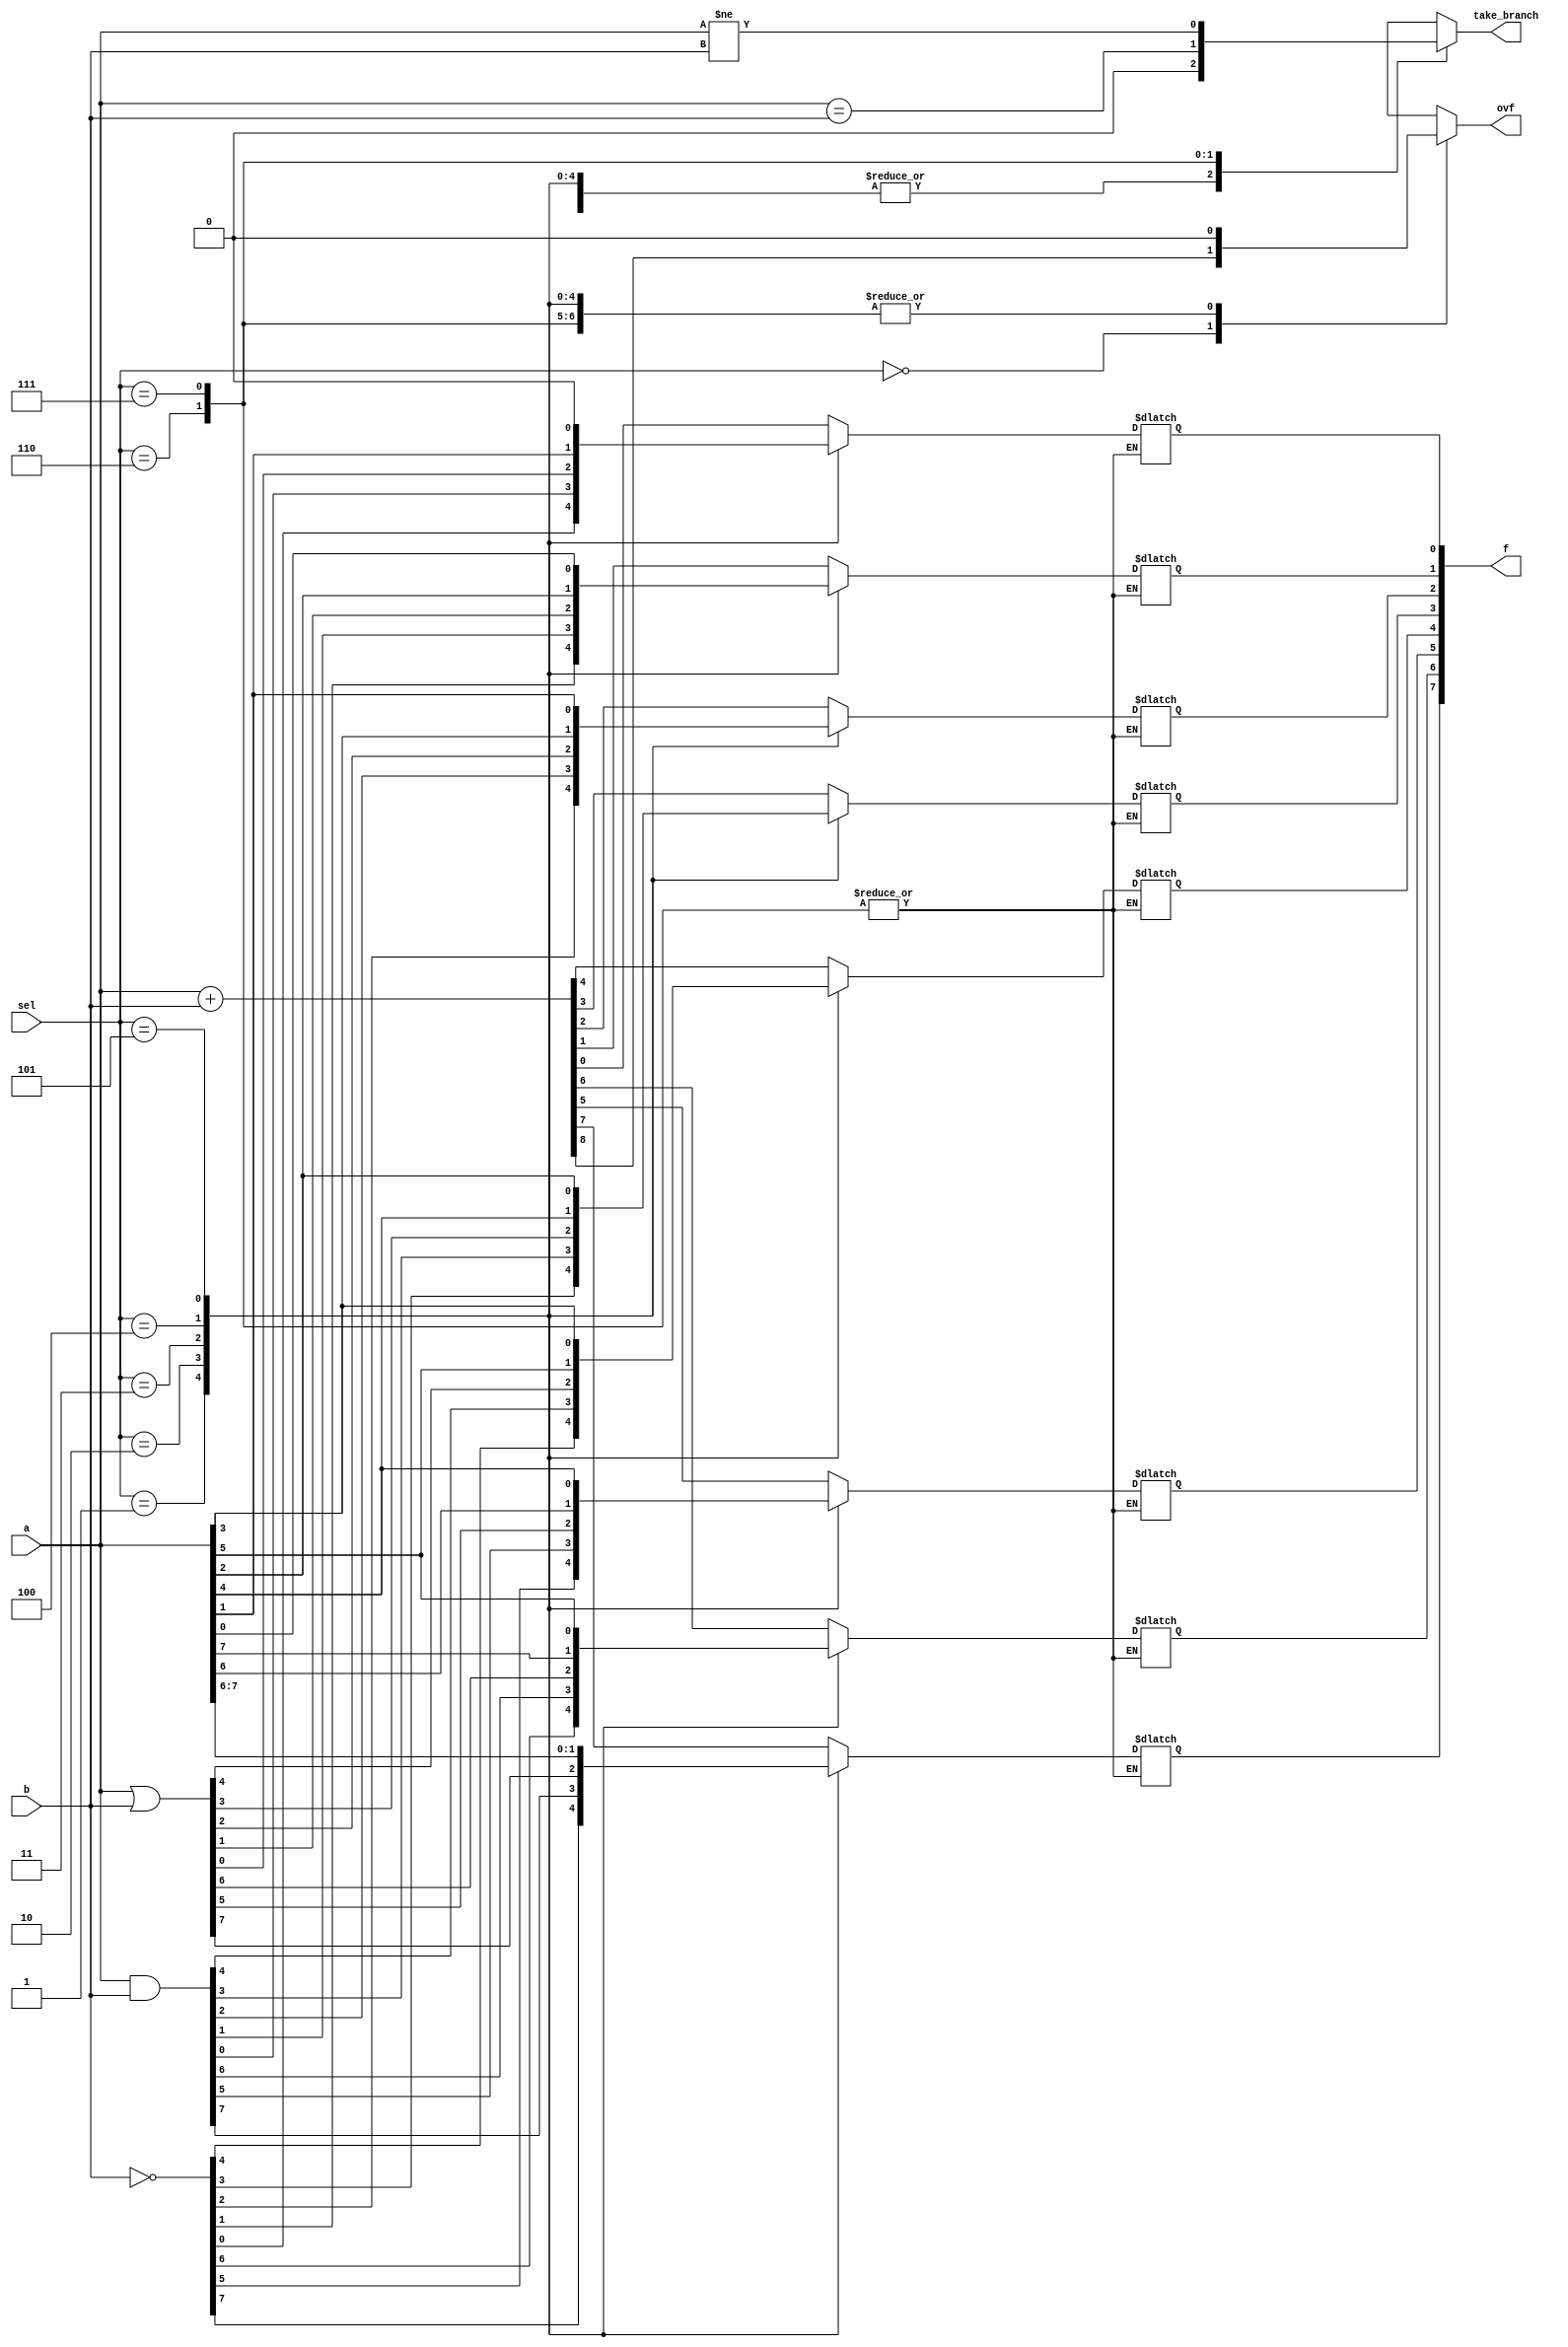
module eightbit_alu(
	input[7:0] a, 
	input[7:0] b, 
	input[2:0] sel, 
	output reg[7:0] f,
	output reg ovf, 
	output reg take_branch);
	
	reg[8:0] a9, b9, f9;
	
	always @(a, b, sel)
	begin
		ovf = 0;
		take_branch = 0;
		case(sel)
			3'd0: 
			begin 
				a9 = a;
				b9 = b;
				f9 = a9 + b9;
				f = f9[7:0];
				ovf = f9[8];
			end
			3'd1:
				f = ~b;
			3'd2:
				f = a & b;
			3'd3:
				f = a | b;
			3'd4:
			begin 
				f[0] <= a[1];
				f[1] <= a[2];
				f[2] <= a[3];
				f[3] <= a[4];
				f[4] <= a[5];
				f[5] <= a[6];
				f[6] <= a[7];
				f[7] <= a[7];
			end
			3'd5:
			begin 
				f[0] <= 1'b0;
				f[1] <= a[0];
				f[2] <= a[1];
				f[3] <= a[2];
				f[4] <= a[3];
				f[5] <= a[4];
				f[6] <= a[5];
				f[7] <= a[6];
			end
			3'd6:
				take_branch = (a == b);
			3'd7:
				take_branch = (a != b);
		endcase
	end
endmodule